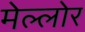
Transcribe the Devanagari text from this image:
मेल्लोर